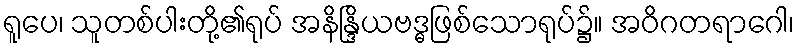
ရူပေ၊ သူတစ်ပါးတို့၏ရုပ် အနိန္ဒြိယဗဒ္ဓဖြစ်သောရုပ်၌။ အဝိဂတရာဂေါ၊